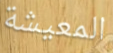
المعيشة